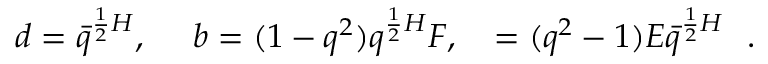
d = \bar { q } ^ { { \frac { 1 } { 2 } } H } , \ \ \ \ b = ( 1 - q ^ { 2 } ) q ^ { { \frac { 1 } { 2 } } H } F , \ \ \ \c = ( q ^ { 2 } - 1 ) E \bar { q } ^ { { \frac { 1 } { 2 } } H } \ \ .